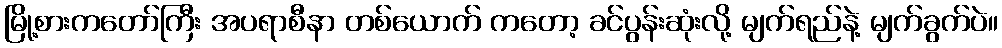
မြို့စားကတော်ကြီး အပရာစီနာ တစ်ယောက် ကတော့ ခင်ပွန်းဆုံးလို့ မျက်ရည်နဲ့ မျက်ခွက်ပဲ။